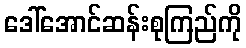
ဒေါ်အောင်ဆန်းစုကြည်ကို